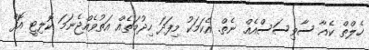
ހެލްތް ކެއާ ސާވިސަސްއެއް ނެތް. އެކަމަކު މިފަދަ ހިދުމަތެއް އަތުވެއްޖެނަމަ ކޮލިޓީ އޮފް